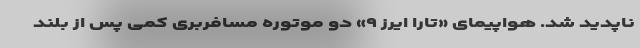
ناپدید شد. هواپیمای «تارا ایرز ۹» دو موتوره مسافربری کمی پس از بلند